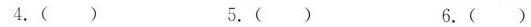
4.( ) 5.( ) 6.( )